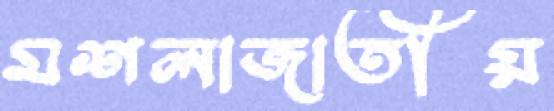
মশলাজাতীয়